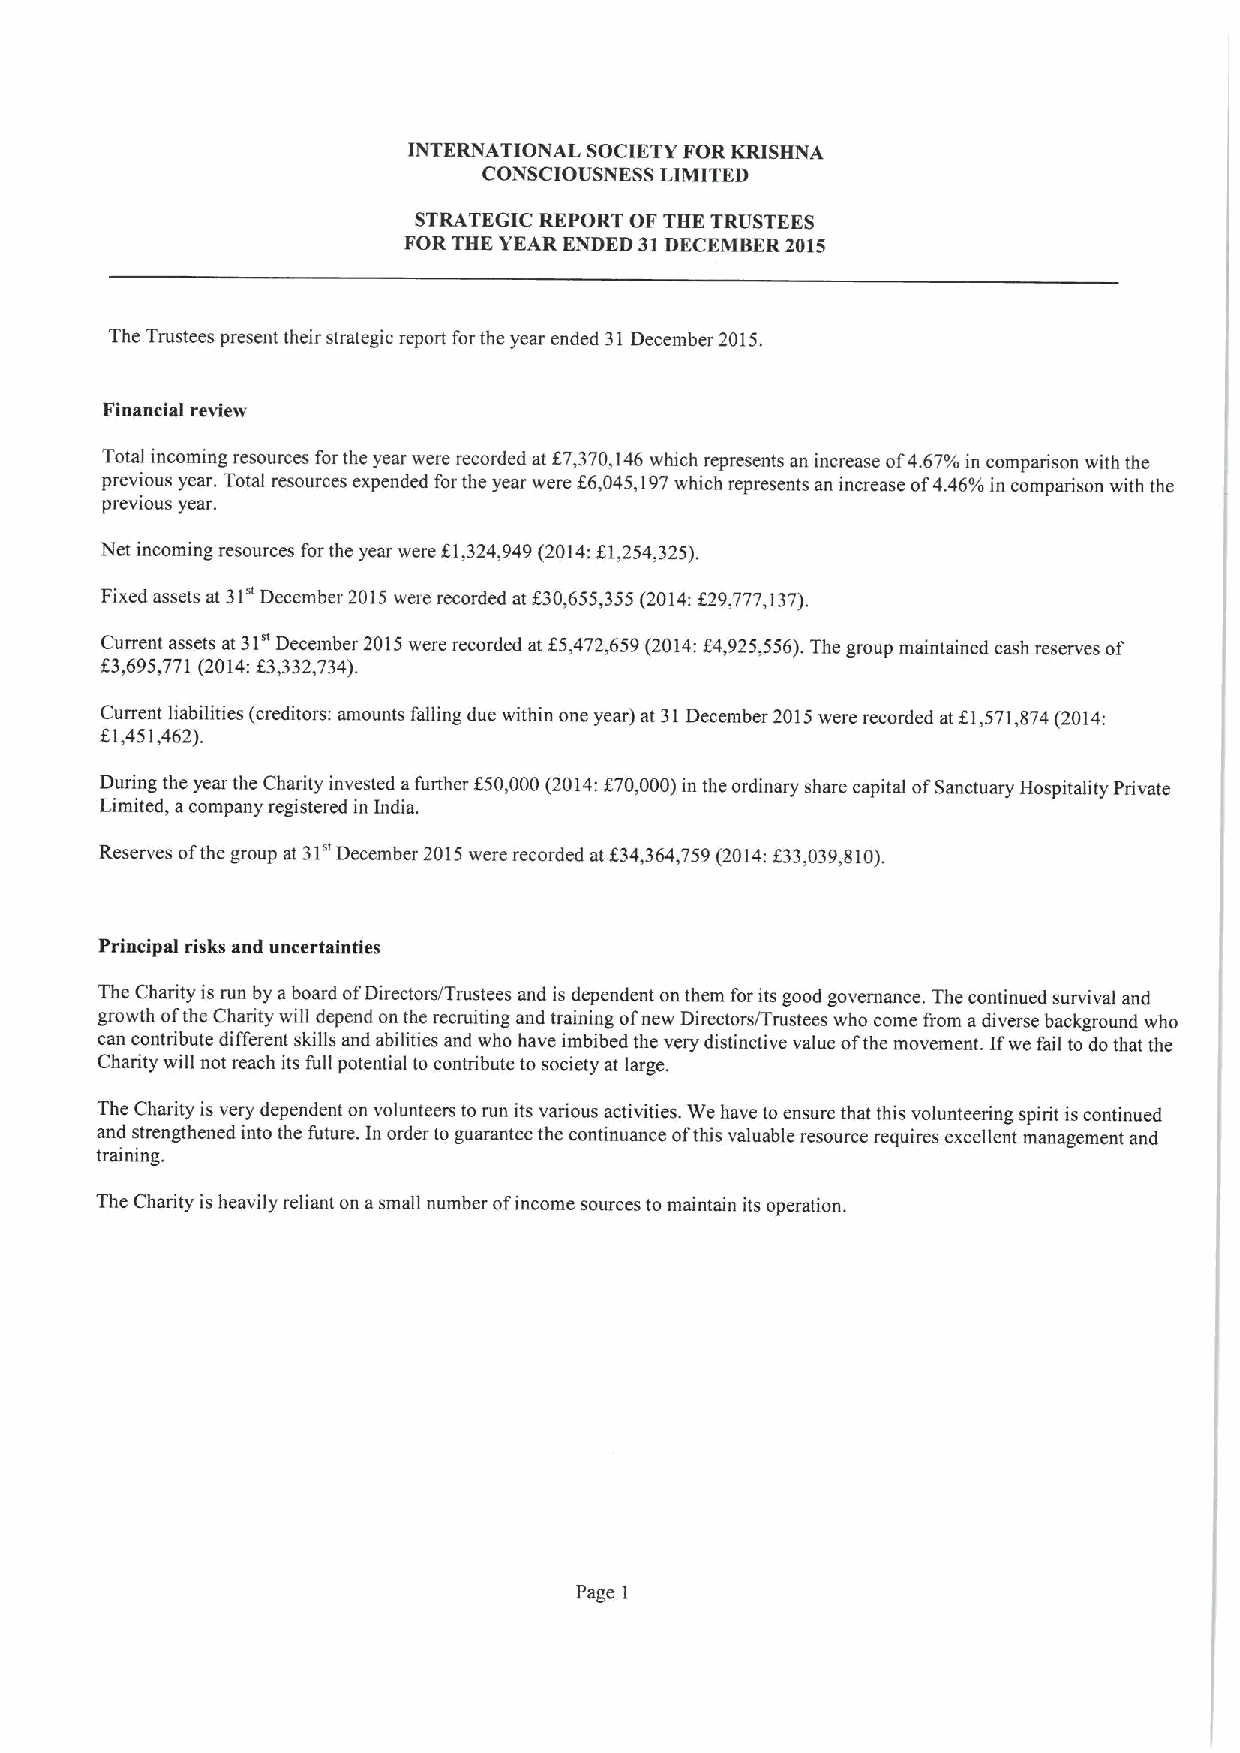
INTERNATIONAL SOCIETYFORKRISHNA
 CONSCIOUSNESS LIMITED
 STRATEGIC REPORT OF THE TRUSTEES
 FORTHE YEAR ENDED 31DECEMBER 2015
 The Trustees present their strategic report for the year ended 31 December 2015.
 Financial review
 Total incoming resources forthe year were recorded at K7,370,146which represents an increase of4.67'/o in comparison with the
 previous year. Total resources expended for the year were f6,045,197which represents an increase of4.46'/o in comparison with the
 previous year.
 Net incoming resources for the year were K1,324,949(2014:K1,254,325).
 Fixed assets at 31" December 2015were recorded at f30,655,355(2014:f 29,777,137).
 Current assets at 31uDecember 2015were recorded at K5,472,659(2014:f4,925,556).The group maintained cash reserves of
 f 3,695,771(2014:f
 3,332,734).
 Current liabilities (creditors: amounts falling due within one year) at 31December 2015were recorded at KL571,874(2014:
 K1,451,462).
 During the year the Charity invested afurther f50,000(2014:f70,000)in the ordinary share capital ofSanctuary Hospitality Private
 Limited, acompany registered in India.
 Reserves ofthe group at 31uDecember 2015were recorded at f 34,364,759(2014:f33,039,810).
 Principal risks and uncertainties
 The Charity is run by aboard ofDirectors/Trustees and is dependent on them for its good governance. The continued survival and
 growth ofthe Charity will depend on the recruiting and training ofnew Directorsffrustees who come from adiverse background who
 can contribute different skills and abilities and who have imbibed the very distinctive value ofthe movement. Ifwe fail to do that the
 Charity will not reach its full potential to contribute to society at large.
 The Charity is very dependent on volunteers torun its various activities. We have to ensure that this volunteering spirit iscontinued
 and strengthened into the future. In order to guarantee the continuance ofthis valuable resource requires excellent management and
 training.
 The Charity is heavily reliant on asmall number ofincome sources tomaintain its operation.
 Page 1